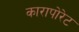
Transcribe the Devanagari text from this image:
कारापोरेट